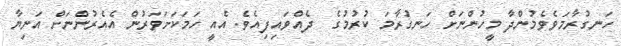
ހަނގުރާމަވެވެމުންދާ މީހުންނަށް ހަނގުރާމަ ކުރުމުގެ  ދެއްވައިފިއެވެ. އެއީ ހަމަކަށަވަރުން އެއެރުންނަށް އަނިޔާ